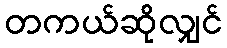
တကယ်ဆိုလျှင်